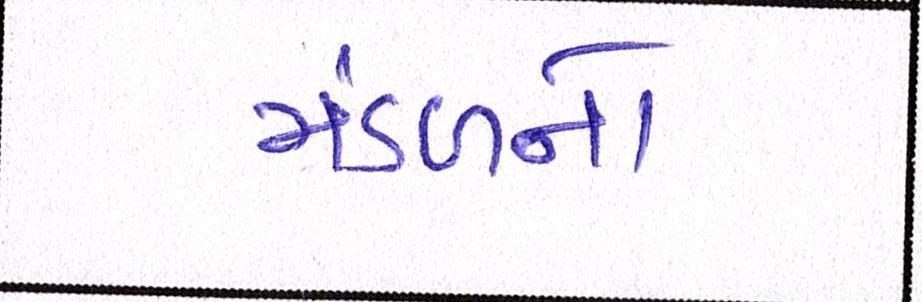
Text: મંડળનો